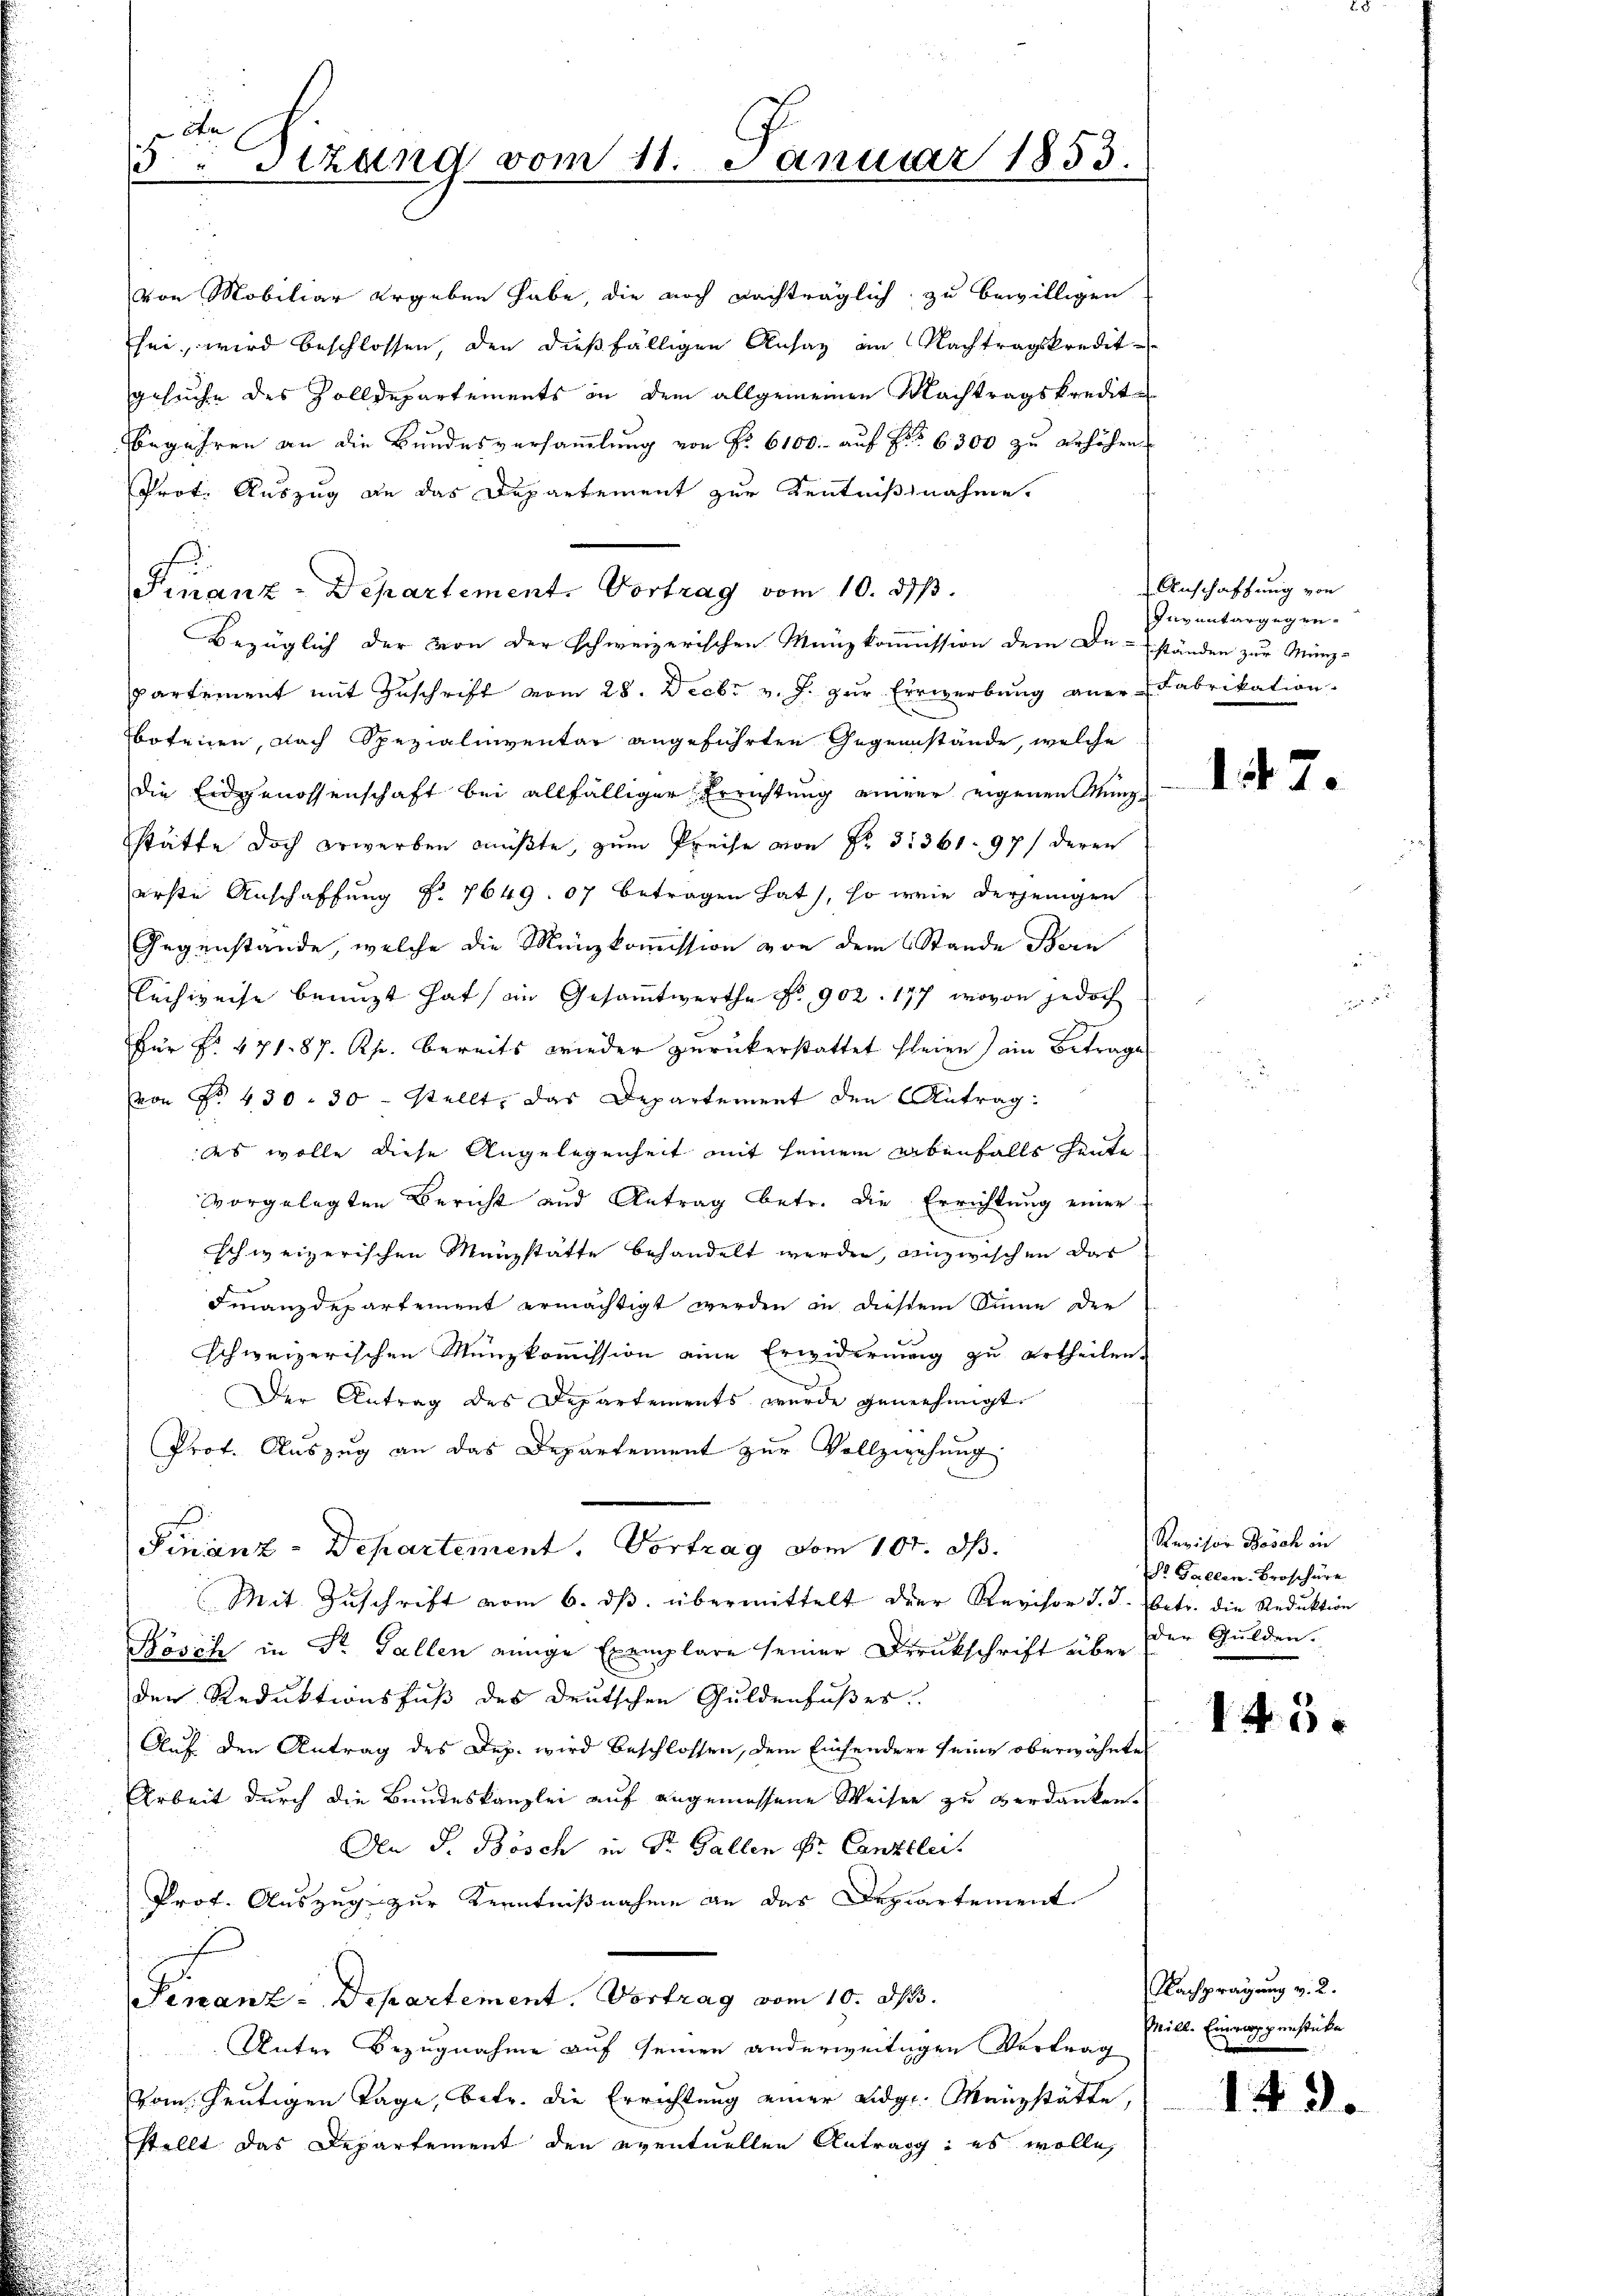
n
3 Stzung vom 11. Januar 1853.

von Mobiliar ergeben habe, die noch nachträglich zu bewilligen
sei, wird beschlossen, den dießfälligen Ansaz am Nachtragskredit-
gesuche des Zolldepartements in dem allgemeinen Nachtragskredite
Begehren an die Bundesversammlung von No 6100.- auf Fr. 6300 zu erhöhen
Prot. Auszug an das Departement zur Kentnißnahme.
Finanz-Departement. Vortrag vom 10. ds.
Bezüglich der von der schweizerischen Manzkommission dem Du-ständen zur Münz-
partement mit Zuschrift vom 28. Decbr v. J. zur Erwerbung aner Fabrikation.
botenen, nach Spezialinventar angeführten Gegenstände, welche
die Eidgenossenschaft bei allfälliger Errichtung einer eigenen Münzstätte doch erwerben müßte, zum Preise von Fr. 31361. 97 deren
erste Anschaffung No. 7649. 07 betragen hat, so wie derjenigen
Gegenstände, welche die Münzkoṁission von dem Stande Bern
Luchweise benuzt hat in Gesammtwerthe No 902. 177, wovon jedoch
Für No. 471. 87. Rp. bereits wieder zurückerstattet seien) ein Betrage
von Fr. 430. 30 stellt, das Departement den Antrag:
des wolle diese Angelegenheit mit seinem ebenfalls heute
vorgelegten Bericht und Antrag betr. die Errichtung einer
schweizerischen Menzstätte behandelt werden, ainzwischen das
Finanzdepartement ermächtigt werden in diesem Sinne der
schweizerischen Münzkommission eine Erwiderung zu ertheilen.
Der Antrag des Departements wurde genehmigt.
Prof. Auszug an das Departement zur Vollziehung
r
Finanz-Departement. Vortrag vom 107. d.
Mit Zuschrift vom 6. dβ übermittelt der Revisor J. J. betr. die Reduktion
Kösch in Dr. Gallen einige Exemplare seiner Druckschrift über
den Reduktionsfuß des deutschen Guldenfußes.
Auf den Antrag des Dep. wird beschlossen, dem Einsendere seine oberwähnte
Arbeit durch die Bundeskanzlei auf angemessene Weisen zu verdanken.
An S. Bösch in Dr. Gallen Dr. Canzlei.
Prof. Auszug zur Kenntnißnahme an das Departement
.
Finanz-Departement. Vortrag vom 10. d.
Unter Bezugnahme auf seinen anderweitigen Vortrag
vom heutigen Tage, betr. die Errichtung einer Eidg. Manzstätte,
stellt das Departement den eventuellen Antrag: es wolle,
d

Anschaffung von
Inventargegen-

147.

Revisor Dosch in
Dr. Gallen. Broschüre
der Gulden.

145.

Nachprägung v. 2.
Mill. Einrappenstücke

143.